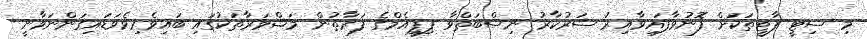
މި ސިޓީ ޕާޓީތަކަށް ފޮނުވާފައިވާއިރު ސަރުކާރު ނިސްބަތްވާ ޕިޕީއެމްގެ ފަރާތުން މަޝްވަރާތަކުގައި ބައިވެރިވެވަޑައިގަންނަވާނީ